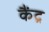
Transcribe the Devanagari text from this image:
कैंद्र